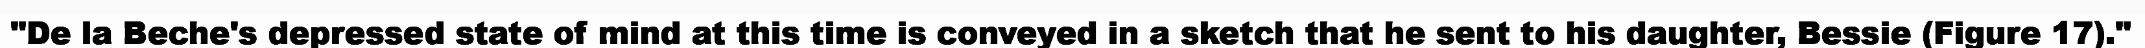
"De la Beche's depressed state of mind at this time is conveyed in a sketch that he sent to his daughter, Bessie (Figure 17)."